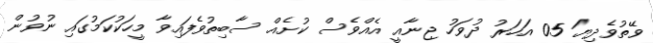
ވޭތުވެދިޔަ 05 އަހަރު ދުވަހު ޖިނާއީ އެއްވެސް ކުށެއް ސާބިތުވެފައިވާ މީހަކުކަމުގައި ނުވުން